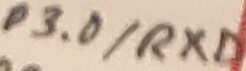
Text: P3.0/RXD